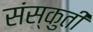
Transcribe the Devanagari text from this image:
संस्कुती